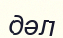
дәл